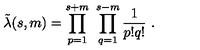
\tilde { \lambda } ( s , m ) = \prod _ { p = 1 } ^ { s + m } \ \prod _ { q = 1 } ^ { s - m } { \frac { 1 } { p ! q ! } } \ .